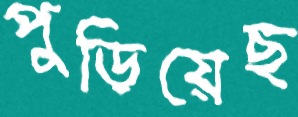
পুড়িয়েছ